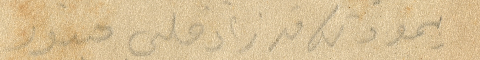
يمود لك وقد زاد قلبي حبور